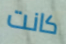
كانت